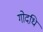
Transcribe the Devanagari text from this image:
गोदधि